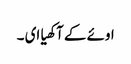
اوئے کے آکھیا ای ۔